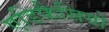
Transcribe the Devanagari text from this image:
एडिफैसियो